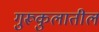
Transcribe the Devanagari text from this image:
गुरूकुलातील